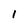
Character: l